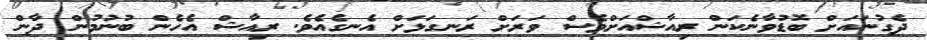
ދެގުނައަށް ބޮޑުވާނެކަން ރިއާޝްއަށްވެސް ވަރަށް ރަނގަޅަށް އެނގެއެވެ. ރިއާޝް އެހެން ބުނުމުން ދާން